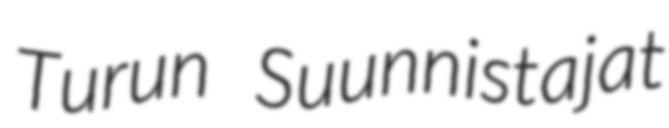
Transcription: Turun Suunnistajat